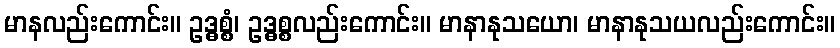
မာနလည်းကောင်း။ ဥဒ္ဓစ္စံ၊ ဥဒ္ဓစ္စလည်းကောင်း။ မာနာနုသယော၊ မာနာနုသယလည်းကောင်း။